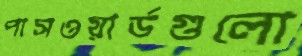
পাসওয়ার্ডগুলো